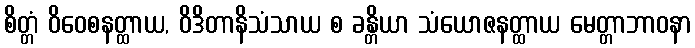
စိတ္တံ ဝိဝေစနတ္ထာယ, ဝိဒိတာနိသံသာယ စ ခန္တိယာ သံယောဇနတ္ထာယ မေတ္တာဘာဝနာ